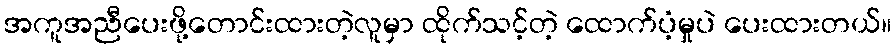
အကူအညီပေးဖို့တောင်းထားတဲ့လူမှာ ထိုက်သင့်တဲ့ ထောက်ပံ့မှုပဲ ပေးထားတယ်။